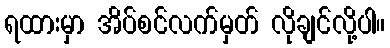
ရထားမှာ အိပ်စင်လက်မှတ် လိုချင်လို့ပါ။